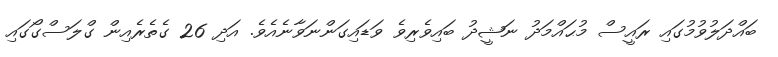
ބައްދަލުވުމުގައި ރައީސް މުޙައްމަދު ނަޝީދު ބައިވެރިވެ ވަޑައިގަންނަވާނެއެވެ. އަދި 26 ގެތެރެއިން ގްލަސްގޯގައި